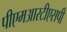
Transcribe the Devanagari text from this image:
पीएमआरटीएसपी